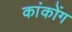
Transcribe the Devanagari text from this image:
कांकोंग